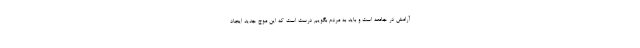
آرامش در جامعه است و باید به مردم بگویم درست است که این موج جدید ایجاد